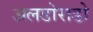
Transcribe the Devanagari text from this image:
अलडोराडो